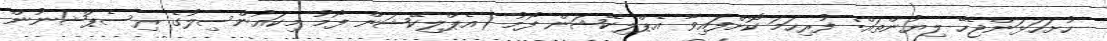
ހުށަހަޅަންޖެހޭ ލިޔުންތައް: ފުރިހަމަ ކޮށްފައިވާ އެޕްލިކޭޝަން ފޯމު (އެޕްލިކޭޝަން ފޯމު މިކައުންސިލުގެ ރިސެޕްޝަނުން